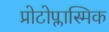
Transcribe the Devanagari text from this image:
प्रोटोप्लास्मिक